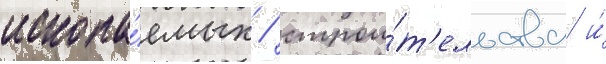
ископа́емых / строи́т'ельства и́